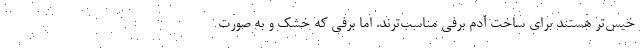
خیس‌تر هستند برای ساخت آدم برفی مناسب‌ترند. اما برفی که خشک و به صورت